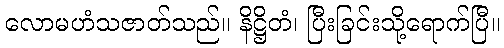
လောမဟံသဇာတ်သည်။ နိဋ္ဌိတံ၊ ပြီးခြင်းသို့ရောက်ပြီ။